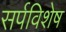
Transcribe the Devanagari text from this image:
सर्पविशेष